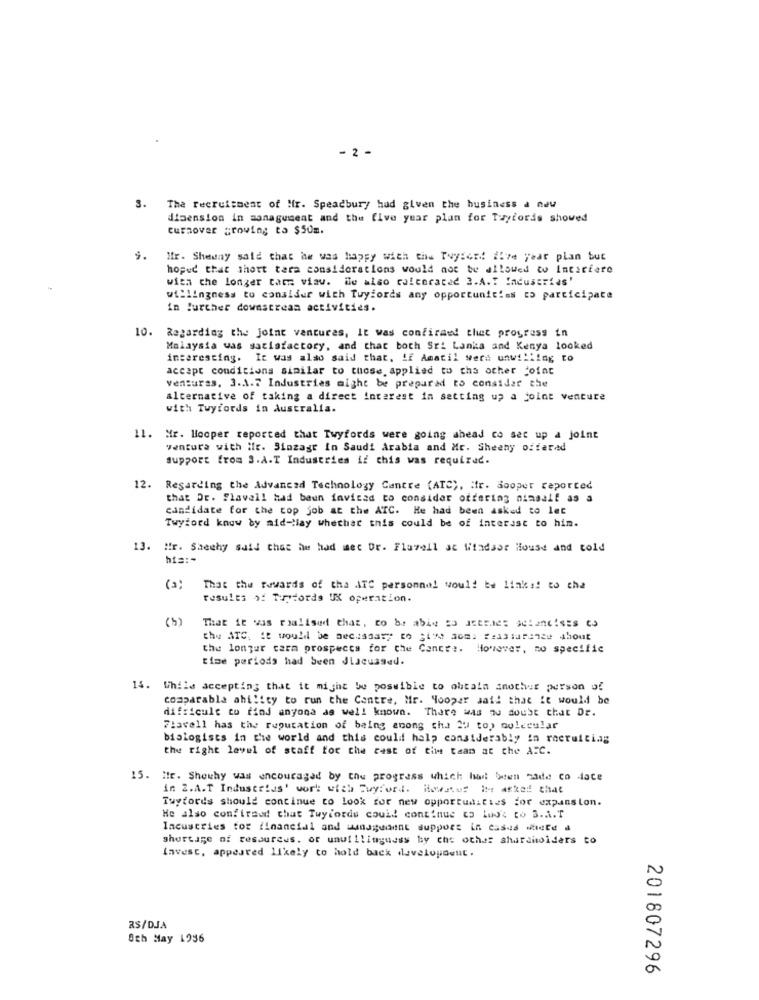
- 2 -
3.
The recruitment of Mr. Speadbury had given the business a new
dimension in management and the five year plan for Tuyfords showed
curaover growing to $50m.
5.
Mr. Shedny said that he was happy with the Ivyiord five year plan but
hoped that short term considerations would not be allowed to Incarfare
with the longer tam viav. ile also calcoraced 2.A.T Industrias'
willingness to consider with Tuyfords any opportunities to participate
in further downstream activities.
10. Regarding the joint ventures, It was confirmed that progress in
Malaysia was satisfactory, and that both Sri Lanka and Kenya looked
interesting. It was also said that, if Amatil were unwilling to
accept conditions similar to those. applied to the other Cofac
venturas. 3.1.7 Industries might be prepared to consider the
alternative of taking a direct interest in setting up a joint venture
with Twyfords in australia.
11. Mr. Hooper reported that Twyfords were going ahead co set up a joint
ventura with Mr. Sinzagt In Saudi Arabia and Mr. Sheehy offered
support from S.A.T Industries if this was required.
12.
Regarding the Advanced Technology Cantre (ATC), fr. Sooper reported
that Dr. Slavell had been invited to consider offering nimsalf as a
candidate for the top job at the ATC. He had been asked to let
Twyford know by mid -! lay whether this could be of interest to him.
13. Mr. Sheehy said that he had met Dr. Flavell se Wiadsor House and told
hi ===
(a)
That the towards of tha ATC personnel would be link :! to cha
results of Trytords UX operation.
(5)
That it was realised that, to be abis IS secche: scconcises co
the ATC, it would be necessary to "i'm somi feasiurense About
the longer carm prospects for the Cance :. However, no specific
time periods had been discussed.
14. While accepting that it might be possible to obtain another person of
comparable ability to run the Centre, Mr. Hooper said that it would be
difficult to find anyona as well known. There was no doubt that Dr.
713vell has the reputation of being anong cha du to) molecular
biologists in the world and this could help considerably in recruiting
the right level of staff for the rest of time taan at che AFC.
15. He. Shewhy was encouraged by the progress which It beten hade co date
in 2.A.T Industrias' work with Tuyford. Howauf he asked that
Tuyfords should continue to look for new opportunities for expansion.
He also confiradd chat Tuyrorde could continue to lust to B.A.T
Incustries for financial and management support in cases where a
shortage of resources, or unwillingness by che other alwirdholders to
invest, appeared likely to hold back development.
RS/DJA
8th May 1936
201807296